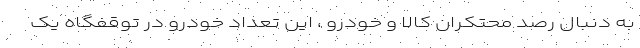
به دنبال رصد محتکران کالا و خودرو ، این تعداد خودرو در توقفگاه یک